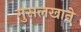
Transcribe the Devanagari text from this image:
गुसलखाने